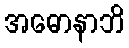
အဓောနာဘိ